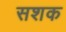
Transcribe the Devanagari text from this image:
सशक